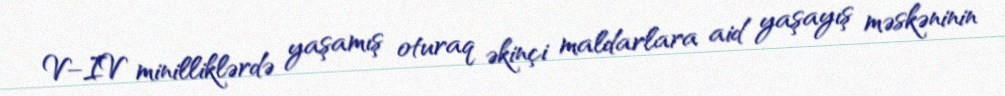
V–IV minilliklərdə yaşamış oturaq əkinçi maldarlara aid yaşayış məskəninin